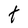
Character: t